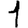
Digit: 1